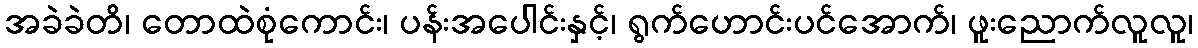
အခဲခဲတိ၊ တောထဲစုံကောင်း၊ ပန်းအပေါင်းနှင့်၊ ရွက်ဟောင်းပင်အောက်၊ ဖူးညောက်လူလူ၊